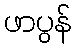
ဖာပွန်